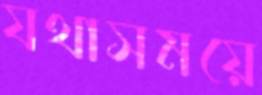
যথাসময়ে